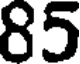
85